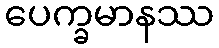
ပေက္ခမာနဿ